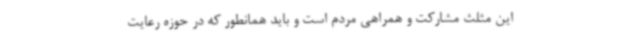
این مثلث مشارکت و همراهی مردم است و باید همانطور که در حوزه رعایت